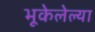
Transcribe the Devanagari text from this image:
भूकेलेल्या